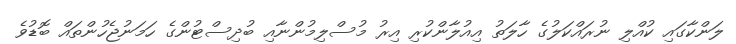
ލަންކާގައި ކުއްލި ނުރައްކަލުގެ ހާލަތު އިއުލާންކުރި އިރު މުސްލިމުންނާއި ބުދިސްޓުންގެ ހަމަނުޖެހުންތައް ބޮޑުވެ